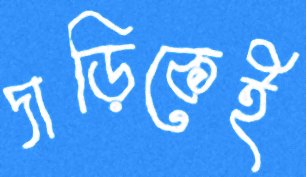
দাড়িকেই